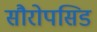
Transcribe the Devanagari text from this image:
सौरोपसिड